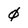
Character: 0